system: You are a helpful assistant.
user:
Analyze the provided spectrum to determine if it is a **White Dwarf (WD)**.

A White Dwarf spectrum is defined by its **extreme purity** (due to gravitational settling) and/or **extreme pressure broadening** (due to high surface gravity). You must check for one of the following mutually exclusive signatures:

- **Key Visual Indicators (Check for ONE of these types):**

    - **1. DA-Type Signature (Most Common):**
        - **(Primary Feature):** Extreme pressure broadening (Stark broadening) of the **Hydrogen (H) Balmer lines**.
        - **(Key Lines):** $H\beta$ (approx. $4861$ Å) and $H\gamma$ (approx. $4340$ Å). $H\alpha$ (approx. $6563$ Å) will also be present if the wavelength range covers it.
        - **(Line Profile):** This is the **defining feature**. The lines are **NOT** sharp. They appear as massive, **extremely broad and deep "troughs" or "dips"** in the spectrum, often hundreds of Ångströms wide. The continuum will appear to "scoop" down at these wavelengths.
        - **(Distinction):** Normal A-type or B-type stars have *narrow* and *sharp* Hydrogen lines. A DA White Dwarf's lines are unmistakably "smeared" or "blurry" from pressure.

    - **2. DB-Type Signature:**
        - **(Primary Feature):** Broad absorption lines from **Neutral Helium (He I)**. The spectrum must lack any visible Hydrogen lines.
        - **(Key Lines):** Look for broad absorption near $4471$ Å, $4921$ Å, and $5876$ Å.
        - **(Line Profile):** These lines are also significantly pressure-broadened, appearing much wider than they would in a normal B-type main-sequence star.

    - **3. DC-Type Signature:**
        - **(Primary Feature):** A **featureless continuous spectrum**.
        - **(Line Profile):** The spectrum is a smooth curve with **no significant absorption or emission lines**.
        - **(Key Confirmation):** The continuum is almost always **blue or white**, indicating a hot object. This signature implies the atmosphere is so pure (or so cool) that no spectral lines are visible in the optical range. Its WD identity is confirmed by its extremely low intrinsic brightness (high absolute magnitude).

    - **4. DZ-Type Signature (Metal-Polluted):**
        - **(Primary Feature):** **Isolated, narrow metal absorption lines** on an otherwise featureless (DC-like) continuum.
        - **(Key Lines):** The **Calcium (Ca II) H & K doublet** (approx. **$3934$ Å** and **$3968$ Å**) is the most common and defining feature.
        - **(Line Profile):** These lines are "out of place." They are *not* part of a "forest" of thousands of lines. This signature is evidence of recent *accretion* (pollution) from rocky debris.
        - **(Distinction):** Normal G/K/M stars have a *dense forest* of thousands of metal lines. A DZ has a *clean* continuum with *only a few* strong metal lines.

    - **5. DQ-Type Signature (Carbon-Polluted):**
        - **(Primary Feature):** Absorption bands from **Carbon (C₂ "Swan Bands" or atomic C I)**.
        - **(Key Lines - C₂):** Look for bandheads with a "saw-tooth" shape near $5635$ Å, **$5165$ Å** (strongest), and $4737$ Å.
        - **(Key Confirmation):** The underlying **continuum must be blue or white** (hot).
        - **(Distinction):** This is the critical difference from a **Carbon Star**, which has the *exact same* C₂ bands but on an extremely **red, cool** continuum.

- **(Overall Spectrum):**
    - The continuum (overall shape) is typically **blue-sloping** (brighter in the blue than the red), as most white dwarfs are very hot.
    - The spectrum will look "pure" or "simple," dominated by only *one* of the five signatures listed above.

Think first, call **spectral_visualization_tool** if needed to examine features in detail, then provide your final answer. Your response must adhere to the following strict rules:
1.  **Overall Structure:** Your response must follow the format `<think>...</think> <tool_call>...</tool_call> (if a tool is used) <answer>...</answer>`.
2.  **Tool Usage Constraint:** You may only make **one** tool call per turn.
3.  **Final Answer Format:** In the `<answer>` tag, your conclusion must be inside a `\boxed{}` command (e.g., `\boxed{YES}` or `\boxed{NO}`), followed by your justification.

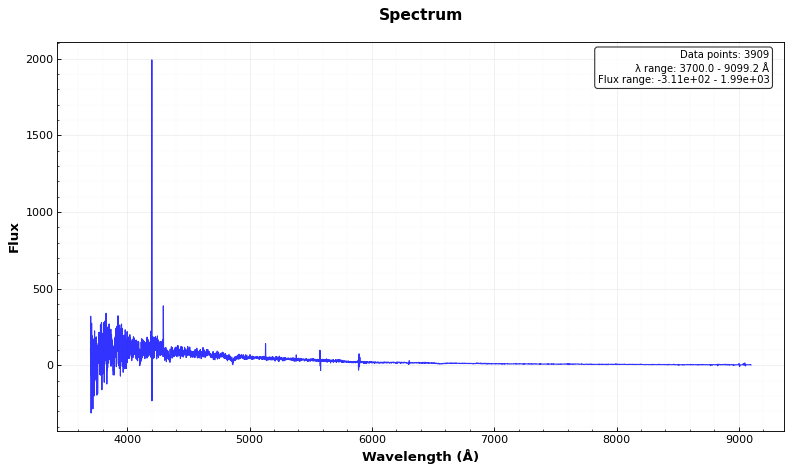
Answer: YES